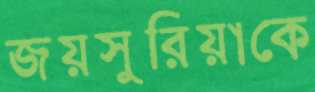
জয়সুরিয়াকে